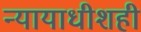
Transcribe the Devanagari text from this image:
न्यायाधीशही